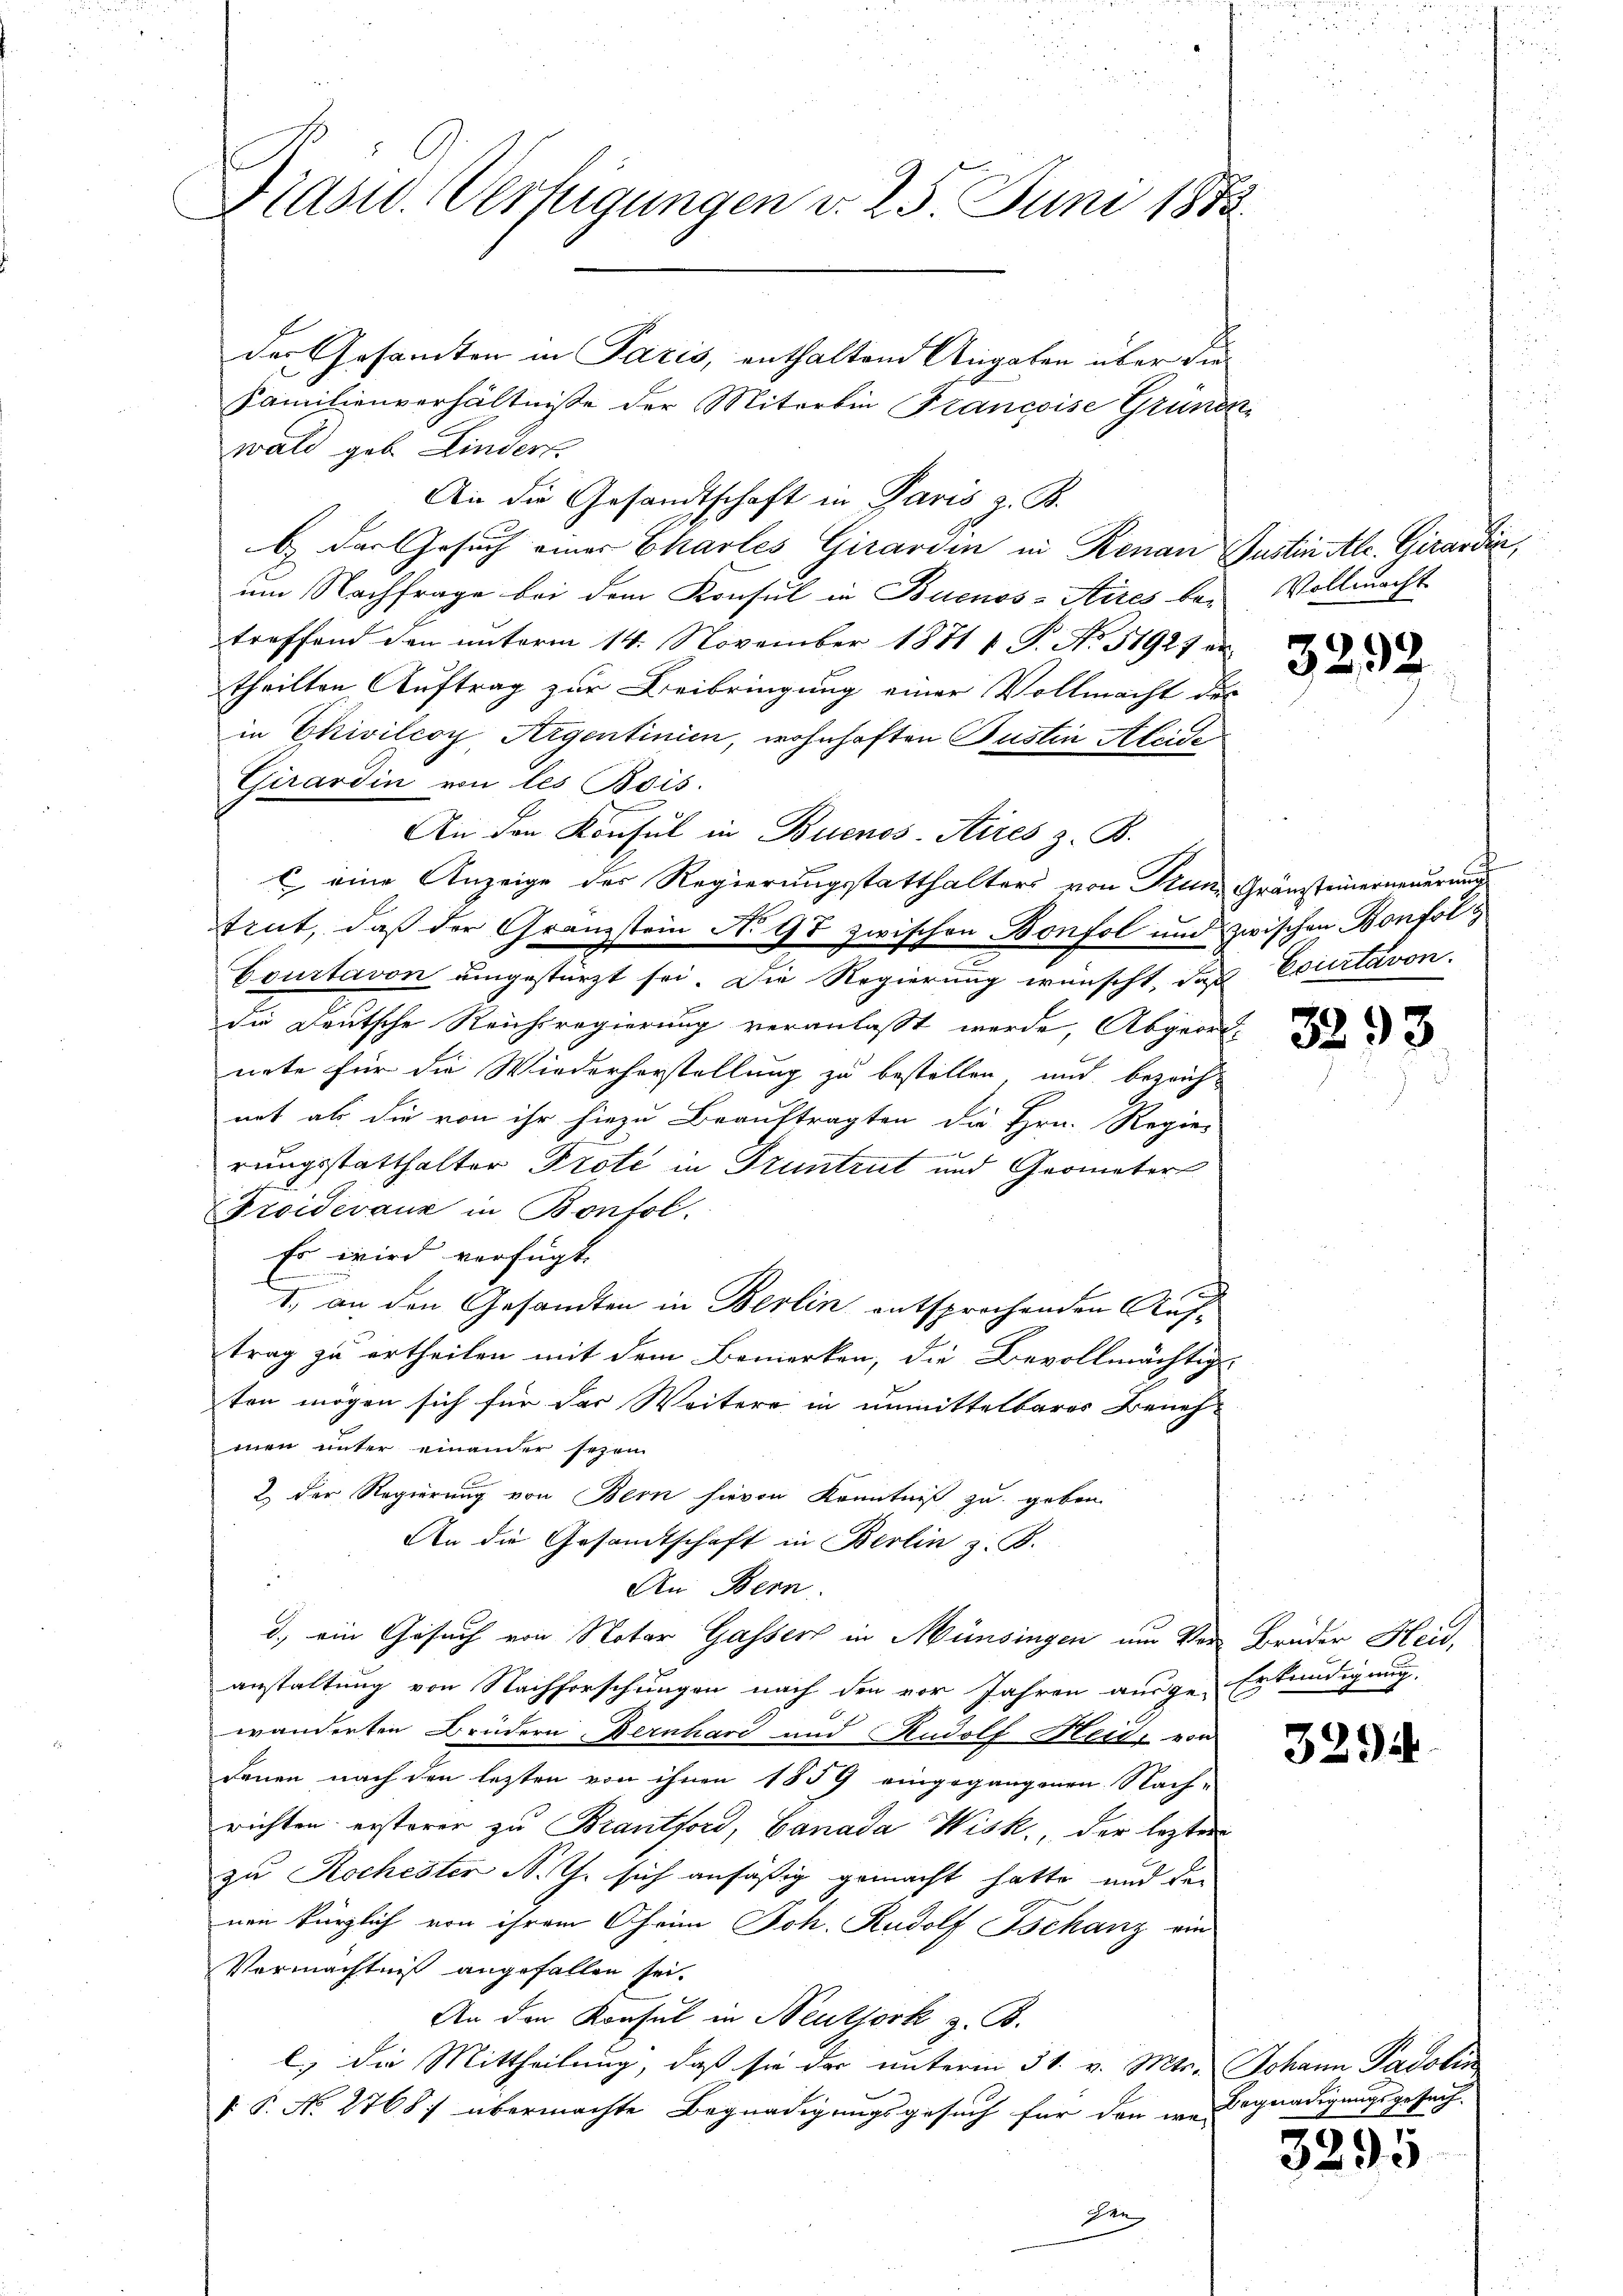
Diasw. Verfügungen d. 25 Juni 1873.

der Gesamten in Paris, enthaltend Angaben über die
Familienverhältnisse der Miterbin Francoise Grünen
wald geb. Lindert.
An die Gesandtschaft in Paris z. B.
b das Gesuch einer Charles Girardin in Renau Justin Al. Girardin,
um Nachfrage bei dem Konsul in Buenos-Aires be-
treffend den unterm 14. November 1871 f. P. Nr. 31927 er
theilten Auftrag zur Beibringung einer Vollmacht des
in Civilcoy, Aigentinien, wohnhaften Pustin Aleide
Girardin von les Bois.
An den Konsul in Buenos-Aires z. B.
c eine Anzeige der Regierungsstatthalters von Grund Gränzteinerneuerung
trut, daß der Gränzstein No 97 zwischen Bonfol und zwischen Bonfol¬
Courtavon umgestürzt sei. Die Regierung wünscht, daß Exurtavon
die Deutsche Reichsregierung veranlasst werde, Abgeordnete für die Wiederhorstellung zu bestellen, und bezeichnet als die von ihr hiezu beauftragten da Hrn. Regie-
rungsstatthalter Prote in Truntrut und Geometer
Proidevanz in Bonfol
Es wird verfügt
1. an den Gesandten in Berlin entsprochenden Auftrag zu ertheilen mit dem Bemerken, die Bevollmächtige
ton mögen sich für der Weitere in unmittelbares Beneh-
men unter einander sezen
2. Der Regierung von Bern hievon Kenntniß zu geben
An die Gesandtschaft in Berlin z. B.
e
An Bern.
d.) ein Gesuch von Notar Gassert in Münsingen um Vor Brüder Heid,
anstaltung von Nachforschungen nach den vor Jahren ausge-Erkundigung,
wanderten Brüdern Bernhard und Rudolf Heide von
denen nach den lezten von ihnen 1859 eingegangenen Nach-
richten ersterer zu Brantford, Canada Wisk., der lezter
zu Kochester N. J. sich anfäßig gemacht hatte, und den
nen kürzlich von ihrem Chrim Joh. Rudolf Tschanz ein
Vermächtnis angefallen sei.
An den Konsul in Neutjork z. B.
l) die Mittheilung, daß sie das unterm 31. v. Mts. Johann Padolin
 P. No 2768) übermachte Begnadigungsgesuch für den wie Begnadigungsgesuch
gen

Vollmacht

3292

3293

3294

3295